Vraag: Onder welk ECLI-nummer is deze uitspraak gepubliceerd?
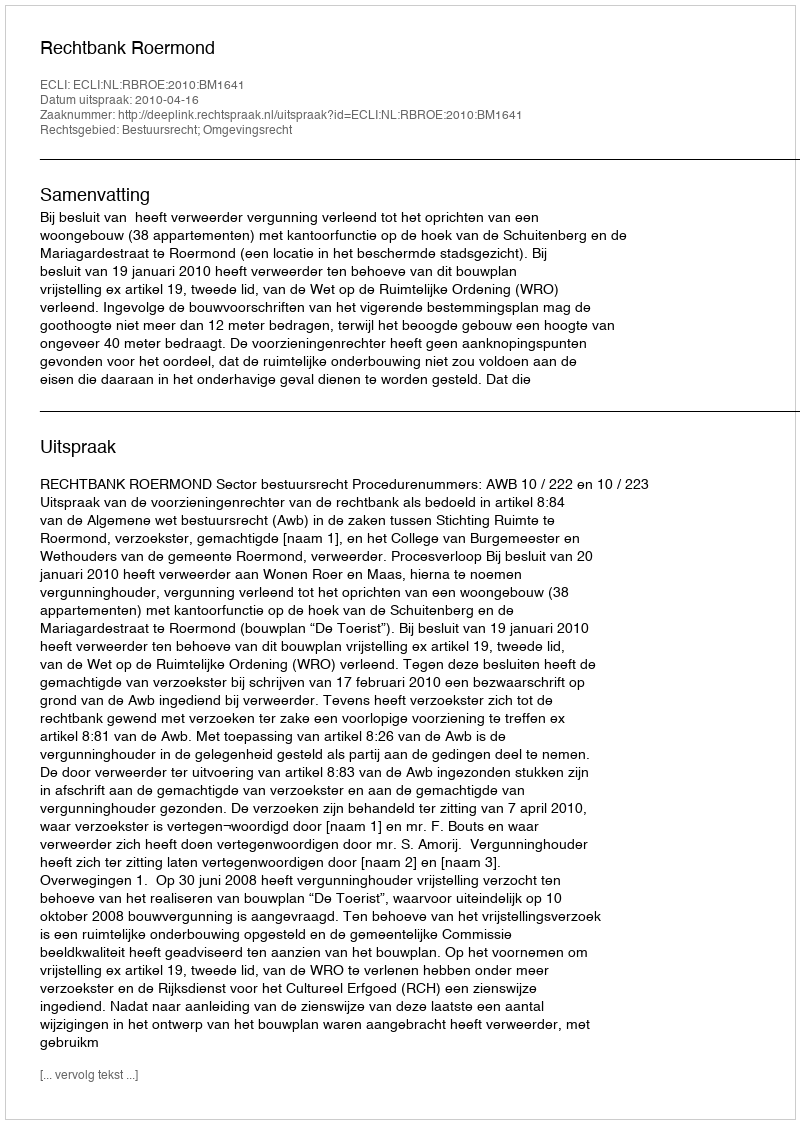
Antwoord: ECLI:NL:RBROE:2010:BM1641